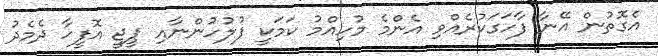
އެގޮތުން އޭނާ ފާހަގަކުރެއްވި އެންމެ މުހިއްމު ކަމަކީ ފުލުހުންނާއި ޕީޖީ އޮފީހާ ދެމެދު